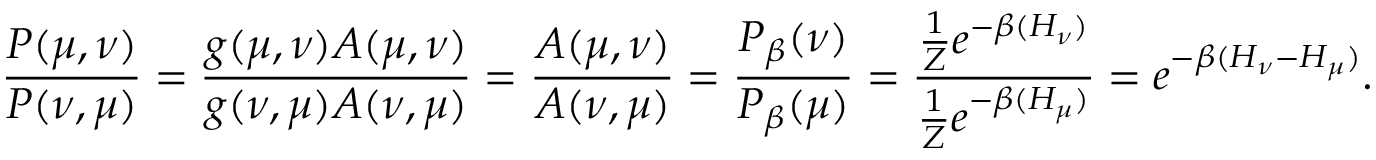
{ \frac { P ( \mu , \nu ) } { P ( \nu , \mu ) } } = { \frac { g ( \mu , \nu ) A ( \mu , \nu ) } { g ( \nu , \mu ) A ( \nu , \mu ) } } = { \frac { A ( \mu , \nu ) } { A ( \nu , \mu ) } } = { \frac { P _ { \beta } ( \nu ) } { P _ { \beta } ( \mu ) } } = { \frac { { \frac { 1 } { Z } } e ^ { - \beta ( H _ { \nu } ) } } { { \frac { 1 } { Z } } e ^ { - \beta ( H _ { \mu } ) } } } = e ^ { - \beta ( H _ { \nu } - H _ { \mu } ) } .